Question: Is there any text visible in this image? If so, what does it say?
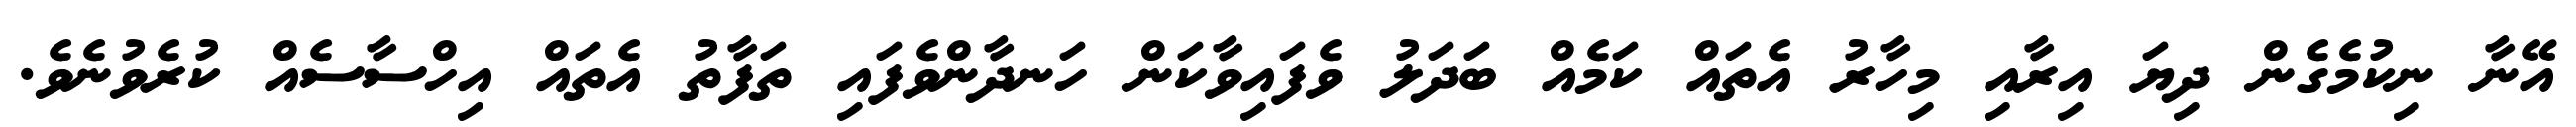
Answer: އޭނާ ނިކުމެގެން ދިޔަ އިރާއި މިހާރު އެތައް ކަމެއް ބަދަލު ވެފައިވާކަން ހަނދާންވެފައި ތަފާތު އެތައް އިހްސާސެއް ކުރެވުނެވެ.